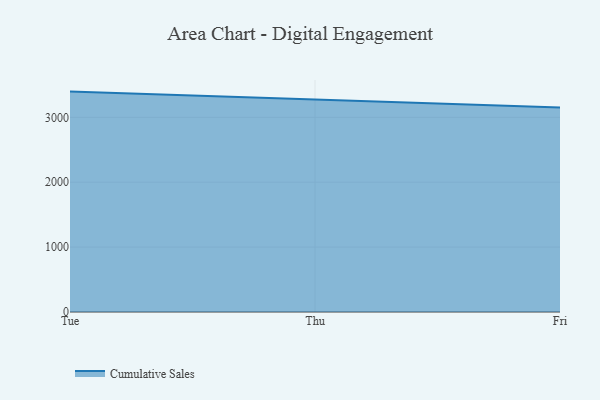
{"axis": {"x": "Day", "y": "Revenue (USD Million)"}, "legend": ["Cumulative Sales"], "data": [{"x": "Tue", "y": 3396.9, "type": "Cumulative Sales"}, {"x": "Thu", "y": 3279.2, "type": "Cumulative Sales"}, {"x": "Fri", "y": 3153.4, "type": "Cumulative Sales"}]}